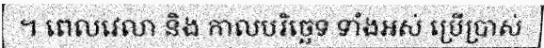
។ ពេលវេលា និង កាលបរិច្ឆេទ ទាំងអស់ ប្រើប្រាស់